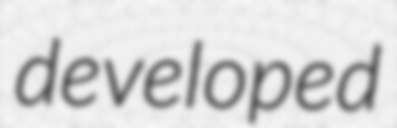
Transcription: developed